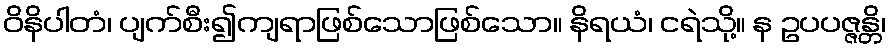
ဝိနိပါတံ၊ ပျက်စီး၍ကျရာဖြစ်သောဖြစ်သော။ နိရယံ၊ ငရဲသို့။ န ဥပပဇ္ဇန္တိ၊